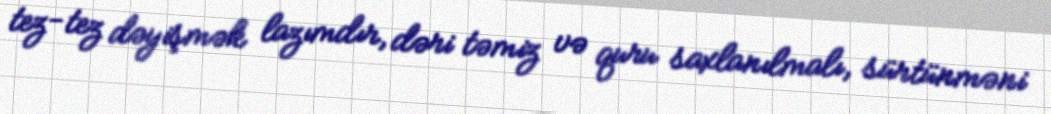
tez-tez dəyişmək lazımdır, dəri təmiz və quru saxlanılmalı, sürtünməni